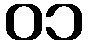
၀၁